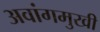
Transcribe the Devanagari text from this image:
अवांगमुखी